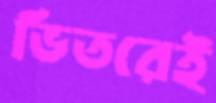
ভিতরেই